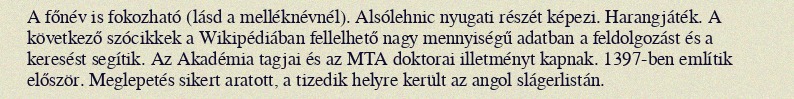
A főnév is fokozható (lásd a melléknévnél). Alsólehnic nyugati részét képezi. Harangjáték. A következő szócikkek a Wikipédiában fellelhető nagy mennyiségű adatban a feldolgozást és a keresést segítik. Az Akadémia tagjai és az MTA doktorai illetményt kapnak. 1397-ben említik először. Meglepetés sikert aratott, a tizedik helyre került az angol slágerlistán.